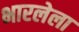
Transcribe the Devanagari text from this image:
भारलेला